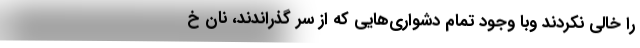
را خالي نكردند وبا وجود تمام دشواري‌هايي كه از سر گذراندند، نان خ